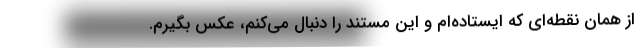
از همان نقطه‌ای که ایستاده‌ام و این مستند را دنبال می‌کنم، عکس بگیرم.